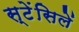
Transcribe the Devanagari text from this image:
स्टेंसिलें